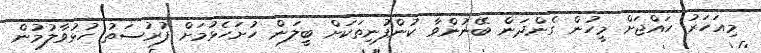
މިއަހަރު ހައްޖަށް މީހުން ގެންދަން ބޭނުންވާ ކުންފުނިތަކަށް ބީލަން ހުށަހެޅުމަށް ފުރުސަތު ހުޅުވާލުމުން